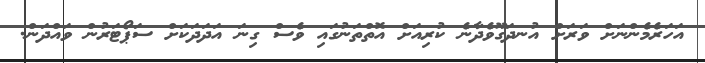
އަހަރެމެންނަށް ވަރަށް އުނދަގޫވެދާނެ ކުރިއަށް އޮތްތަނުގައި ވެސް ގިނަ އަދަދަކަށް ސަޕޯޓަރުން ވައްދަން.